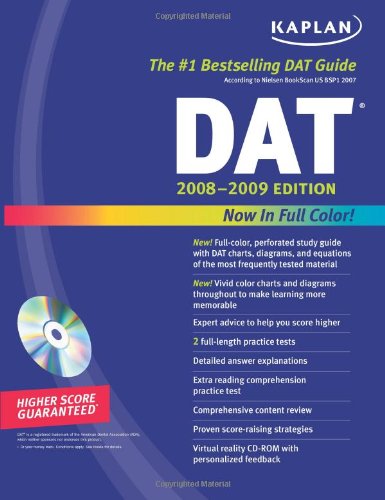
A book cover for Kaplan DAT 2008-2009 Edition (with CD-ROM); Kaplan; Test Preparation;